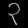
Digit: ၃